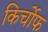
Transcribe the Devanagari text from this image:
किर्चोफ